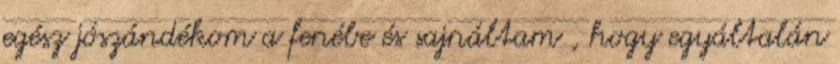
egész jószándékom a fenébe és sajnáltam , hogy egyáltalán